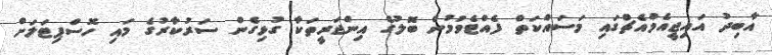
އާބިދު އައިޖީއެމްއެޗްގައި މަސައްކަތް ފެއްޓެވުމުން ބޮލުގެ އިންޖަރީތަކާ ގުޅިގެން ސަރުކާރުގެ މައި ހޮސްޕިޓަލަށް